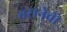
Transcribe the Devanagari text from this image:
बसनेवो